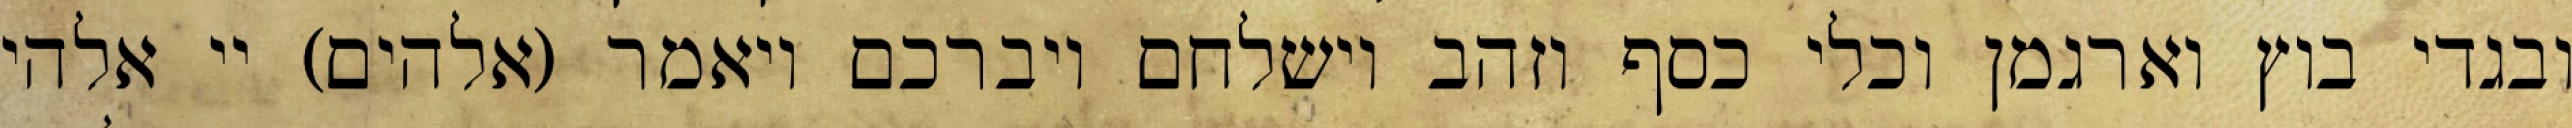
ובגדי בוץ וארגמן וכלי כסף וזהב וישלחם ויברכם ויאמר (אלהים) יי אלהי